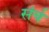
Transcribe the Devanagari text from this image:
संर्च